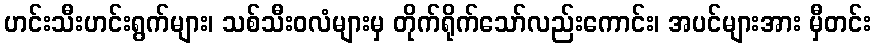
ဟင်းသီးဟင်းရွက်များ၊ သစ်သီးဝလံများမှ တိုက်ရိုက်သော်လည်းကောင်း၊ အပင်များအား မှီတင်း